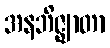
အနဘိဇ္ဈာတာ